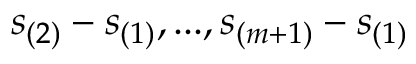
s _ { ( 2 ) } - s _ { ( 1 ) } , . . . , s _ { ( m + 1 ) } - s _ { ( 1 ) }